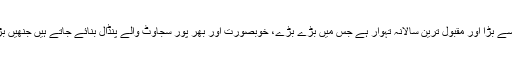
یہ ریاست میں منایا جانے والا سب سے بڑا اور مقبول ترین سالانہ تہوار ہے جس میں بڑے بڑے، خوبصورت اور بھر پور سجاوٹ والے پنڈال بنائے جاتے ہیں جنھیں بڑی تعداد میں لوگ دیکھنے آتے ہیں۔